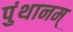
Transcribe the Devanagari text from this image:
पुंथानम्